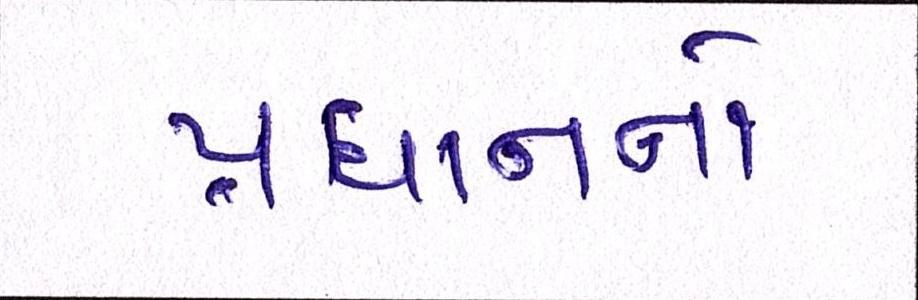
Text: પ્રધાનનો